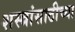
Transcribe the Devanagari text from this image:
शस्त्रांसाठीच्या